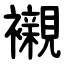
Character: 襯